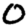
Digit: 0